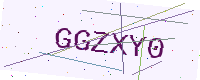
Text: GGZXY0